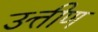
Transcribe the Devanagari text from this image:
उत्तीण